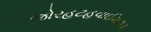
જોરહટહવાઈમથક